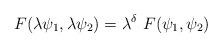
LaTeX: \begin{align*}F(\lambda \psi_{1}, \lambda \psi_{2}) = \lambda^\delta~F(\psi_{1}, \psi_{2})\end{align*}